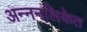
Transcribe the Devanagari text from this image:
अन्ननलिकेत